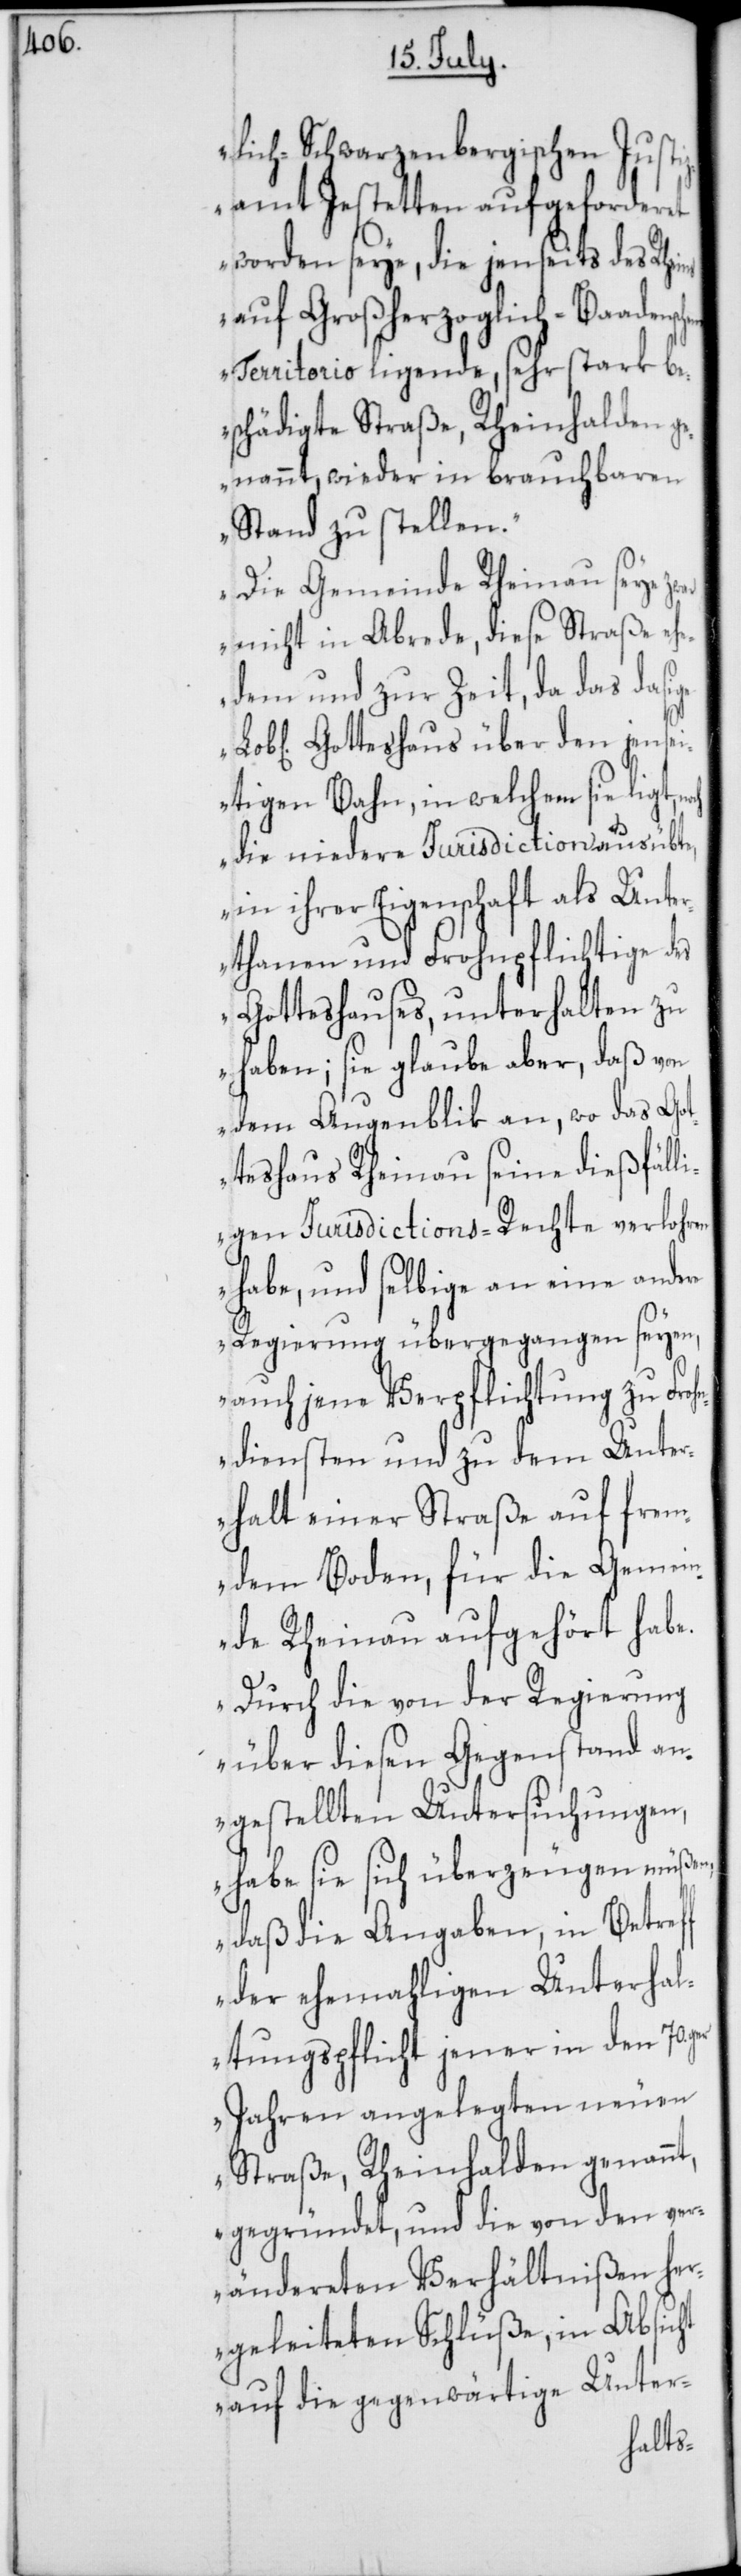
lich-Schwarzenbergischen Just¬
izamt Jesetten aufgeforderet
worden seye, die jenseits des R¬
auf Großherzoglich-Baadensc¬
hem Territorio ligende, sehr stark be¬
schädigte Straße, Rheinhalden g¬
enannt, wieder in brauchbaren
Stand zu stellen.
Die Gemeinde Rheinau seye zwar
nicht in Abrede, diese Straße ehe¬
dem und zur Zeit, da das dasige
Gotteshaus über den jensei¬
tigen Bahn, in welchem sie ligt,
die niedere Jurisdiction ausübte,
in ihrer Eigenschaft als Unte¬
rthanen und Frohnpflichtige des
Gotteshauses, unterhalten zu
haben; sie glaube aber, daß von
dem Augenblik an, wo das Got¬
teshaus Rheinau seine dießfälli¬
gen Jurisdictions-Rechte verlohren
habe, und selbige an eine andere
Regierung übergegangen seyen,
auch jene Verpflichtung zu Fro¬
hndiensten und zu dem Unter¬
halt einer Straße auf frem¬
dem Boden, für die Gemein¬
de Rheinau aufgehört habe.
Durch die von der Regierung
über diesen Gegenstand an¬
gestellten Untersuchungen,
habe sie sich überzeugen müßen,
daß die Angaben, in Betref¬
f der ehemahligen Unterhal¬
tungspflicht jener in den 70.g¬
er Jahren angelegten neuen
Straße, Rheinhalden genannt,
gegründet, und die von den ver¬
ändereten Verhältnißen he¬
rgeleiteten Schlüße, in Absicht
auf die gegenwärtige Unter-
heins